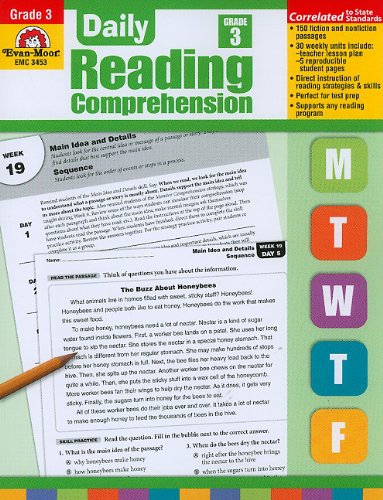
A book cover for Daily Reading Comprehension, Grade 3 (Daily Reading Comprehension); Evan Moor; Test Preparation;